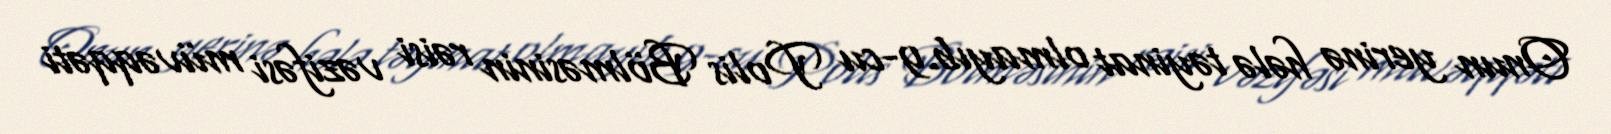
Onun yerinə hələ təyinat olmayıb.9-cu Polis Bölməsinin rəisi vəzifəsi müvəqqəti